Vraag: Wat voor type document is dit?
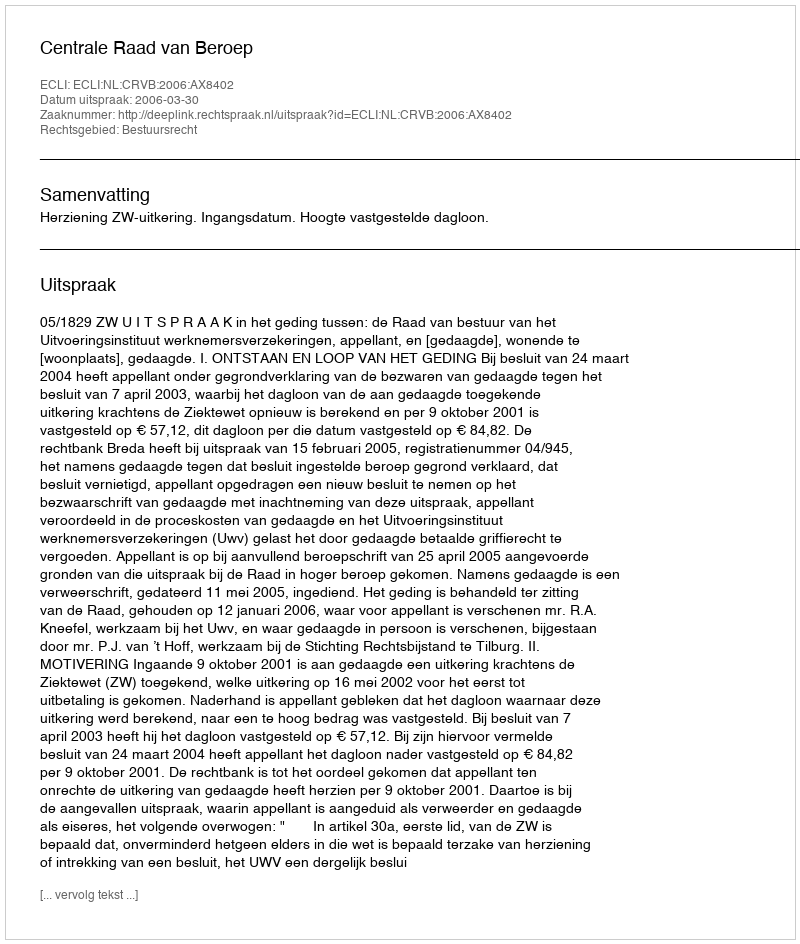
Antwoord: Uitspraak